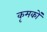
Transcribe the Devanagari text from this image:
कृमकों